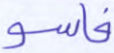
فاسو